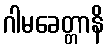
ဂါမခေတ္တာနိ